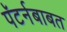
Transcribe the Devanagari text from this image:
पॅटर्नबाबत